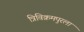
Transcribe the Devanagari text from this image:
त्रिविक्रमपुरला